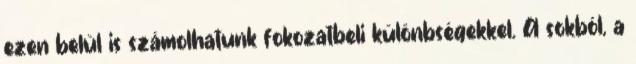
ezen belül is számolhatunk fokozatbeli különbségekkel. A sokból, a